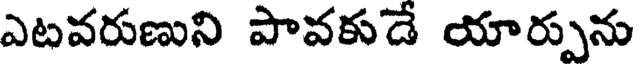
ఎటవరుణుని పావకుడే యార్పును